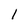
Character: l